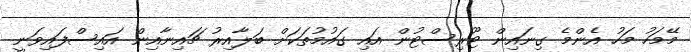
މޭމަހު މަހު އެންމެ ގިނައިން ޓޫރިސްޓުން އައި ގައުމުތަކަށް ބަލާއިރު ޗައިނާއިން އައިސްފައިވަނީ